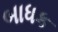
બાધક